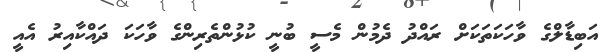
އަބިޑާލްގެ ވާހަކަތަަކަށް ރައްދު ދެމުން މެސީ ބުނީ ކުޅުންތެރިންގެ ވާހަކަ ދައްކާއިރު އެއީ